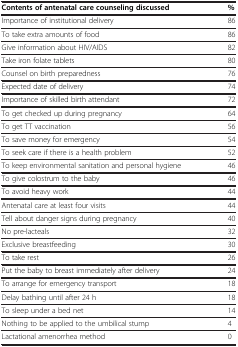
<table><thead><tr><td><b>Contents of antenatal care counseling discussed</b></td><td><b>%</b></td></tr></thead><tbody><tr><td>Importance of institutional delivery</td><td>86</td></tr><tr><td>To take extra amounts of food</td><td>86</td></tr><tr><td>Give information about HIV/AIDS</td><td>82</td></tr><tr><td>Take iron folate tablets</td><td>80</td></tr><tr><td>Counsel on birth preparedness</td><td>76</td></tr><tr><td>Expected date of delivery</td><td>74</td></tr><tr><td>Importance of skilled birth attendant</td><td>72</td></tr><tr><td>To get checked up during pregnancy</td><td>64</td></tr><tr><td>To get TT vaccination</td><td>56</td></tr><tr><td>To save money for emergency</td><td>54</td></tr><tr><td>To seek care if there is a health problem</td><td>52</td></tr><tr><td>To keep environmental sanitation and personal hygiene</td><td>46</td></tr><tr><td>To give colostrum to the baby</td><td>46</td></tr><tr><td>To avoid heavy work</td><td>44</td></tr><tr><td>Antenatal care at least four visits</td><td>44</td></tr><tr><td>Tell about danger signs during pregnancy</td><td>40</td></tr><tr><td>No pre-lacteals</td><td>32</td></tr><tr><td>Exclusive breastfeeding</td><td>30</td></tr><tr><td>To take rest</td><td>26</td></tr><tr><td>Put the baby to breast immediately after delivery</td><td>24</td></tr><tr><td>To arrange for emergency transport</td><td>18</td></tr><tr><td>Delay bathing until after 24 h</td><td>18</td></tr><tr><td>To sleep under a bed net</td><td>14</td></tr><tr><td>Nothing to be applied to the umbilical stump</td><td>4</td></tr><tr><td>Lactational amenorrhea method</td><td>0</td></tr></tbody></table>